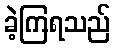
ခဲ့ကြရသည်